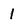
Character: l